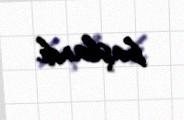
başlandı.